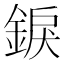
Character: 錑